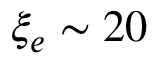
\xi _ { e } \sim 2 0